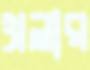
থ্রলার